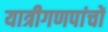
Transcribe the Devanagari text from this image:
यात्रीगणपांचों